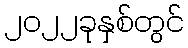
၂၀၂၂ခုနှစ်တွင်